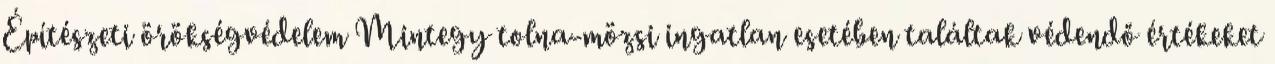
Építészeti örökségvédelem Mintegy tolna-mözsi ingatlan esetében találtak védendő értékeket